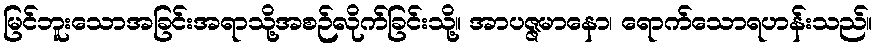
မြင်ဘူးသောအခြင်းအရာသို့အစဉ်လိုက်ခြင်းသို့။ အာပဇ္ဇမာနော၊ ရောက်သောရဟန်းသည်။